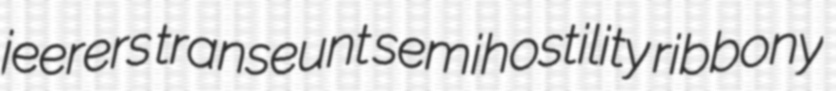
jeerers transeunt semihostility ribbony